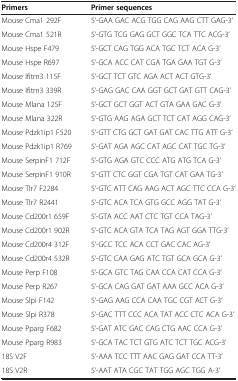
<table><thead><tr><td><b>Primers</b></td><td><b>Primer sequences</b></td></tr></thead><tbody><tr><td>Mouse Cma1 292F</td><td>5’-GAA GAC ACG TGG CAG AAG CTT GAG-3’</td></tr><tr><td>Mouse Cma1 521R</td><td>5’-GTG TCG GAG GCT GGC TCA TTC ACG-3’</td></tr><tr><td>Mouse Hspe F479</td><td>5’-GCT CAG TGG ACA TGC TCT ACA G-3’</td></tr><tr><td>Mouse Hspe R697</td><td>5’-GCA ACC CAT CGA TGA GAA TGT G-3’</td></tr><tr><td>Mouse Ifitm3 115F</td><td>5’-GCT TCT GTC AGA ACT ACT GTG-3’</td></tr><tr><td>Mouse Ifitm3 339R</td><td>5’-GAG GAC CAA GGT GCT GAT GTT CAG-3’</td></tr><tr><td>Mouse Mlana 125F</td><td>5’-GCT GCT GGT ACT GTA GAA GAC G-3’</td></tr><tr><td>Mouse Mlana 322R</td><td>5’-GTG AAG AGA GCT TCT CAT AGG CAG-3’</td></tr><tr><td>Mouse Pdzk1ip1 F520</td><td>5’-GTT CTG GCT GAT GAT CAC TTG ATT G-3’</td></tr><tr><td>Mouse Pdzk1ip1 R769</td><td>5’-GAT AGA AGC CAT AGC CAT TGC TG-3’</td></tr><tr><td>Mouse SerpinF1 712F</td><td>5’-GTG AGA GTC CCC ATG ATG TCA G-3’</td></tr><tr><td>Mouse SerpinF1 910R</td><td>5’-GTT CTC GGT CGA TGT CAT GAA TG-3’</td></tr><tr><td>Mouse Tlr7 F2284</td><td>5’-GTC ATT CAG AAG ACT AGC TTC CCA G-3’</td></tr><tr><td>Mouse Tlr7 R2441</td><td>5’-GTC ACA TCA GTG GCC AGG TAT G-3’</td></tr><tr><td>Mouse Cd200r1 659F</td><td>5’-GTA ACC AAT CTC TGT CCA TAG-3’</td></tr><tr><td>Mouse Cd200r1 902R</td><td>5’-GTC ACA GTA TCA TAG AGT GGA TTG-3’</td></tr><tr><td>Mouse Cd200r4 312F</td><td>5’-GCC TCC ACA CCT GAC CAC AG-3’</td></tr><tr><td>Mouse Cd200r4 532R</td><td>5’-GTC CAA GAG ATC TGT GCA GCA G-3’</td></tr><tr><td>Mouse Perp F108</td><td>5’-GCA GTC TAG CAA CCA CAT CCA G-3’</td></tr><tr><td>Mouse Perp R267</td><td>5’-GCA CAG GAT GAT AAA GCC ACA G-3’</td></tr><tr><td>Mouse Slpi F142</td><td>5’-GAG AAG CCA CAA TGC CGT ACT G-3’</td></tr><tr><td>Mouse Slpi R378</td><td>5’-GAC TTT CCC ACA TAT ACC CTC ACA G-3’</td></tr><tr><td>Mouse Pparg F682</td><td>5’-GAT ATC GAC CAG CTG AAC CCA G-3’</td></tr><tr><td>Mouse Pparg R983</td><td>5’-GCA TAC TCT GTG ATC TCT TGC ACG-3’</td></tr><tr><td>18S V2F</td><td>5’-AAA TCC TTT AAC GAG GAT CCA TT-3’</td></tr><tr><td>18S V2R</td><td>5’-AAT ATA CGC TAT TGG AGC TGG A-3’</td></tr></tbody></table>